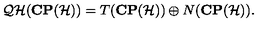
{ \cal Q H } ( { \bf C P } ( { \cal H } ) ) = T ( { \bf C P } ( { \cal H } ) ) \oplus N ( { \bf C P } ( { \cal H } ) ) .